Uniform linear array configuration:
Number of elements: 12
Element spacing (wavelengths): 0.5
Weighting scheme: exponential
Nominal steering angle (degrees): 30
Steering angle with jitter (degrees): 31.043
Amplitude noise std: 0.05
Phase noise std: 0.05

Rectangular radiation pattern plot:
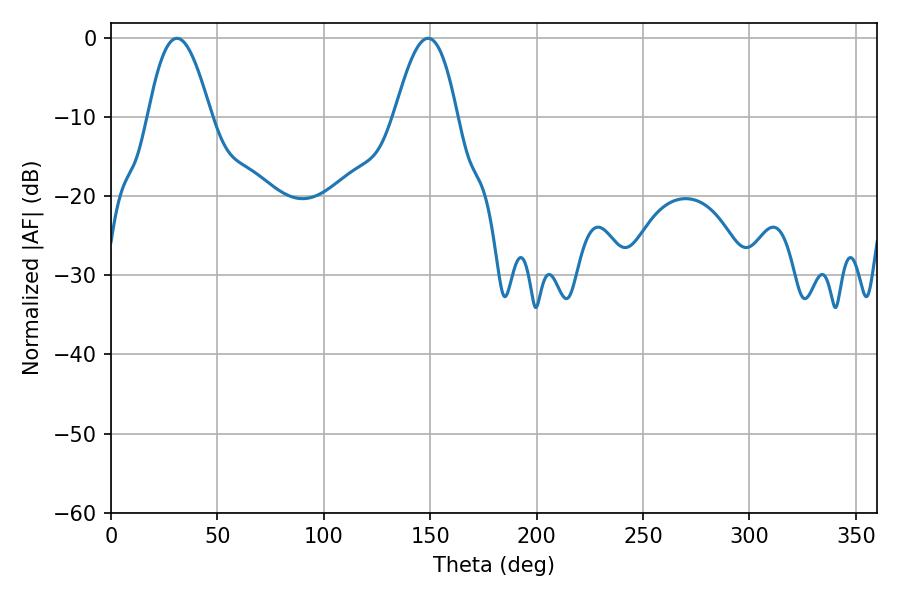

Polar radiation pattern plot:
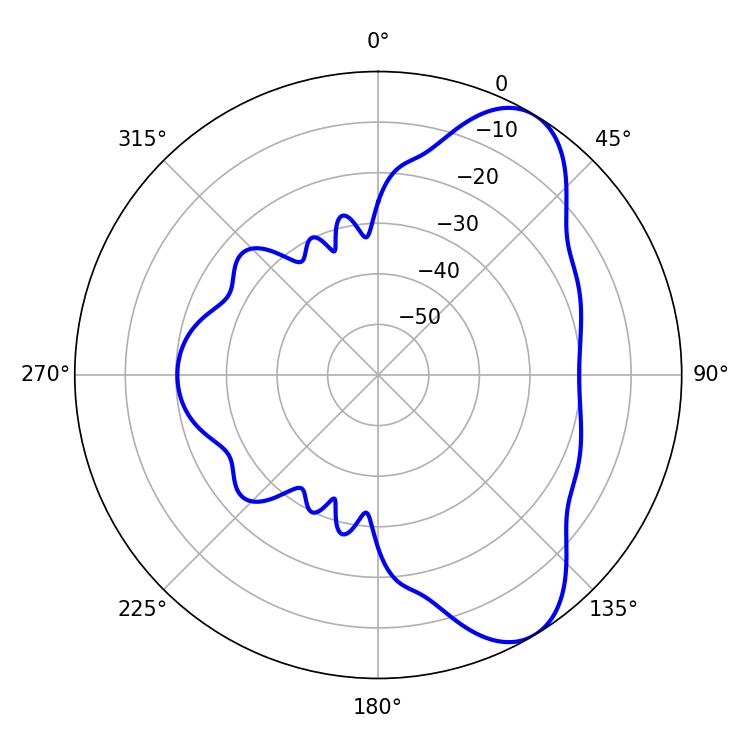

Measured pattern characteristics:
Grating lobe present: FALSE
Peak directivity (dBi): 7.748
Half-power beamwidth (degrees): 15.84
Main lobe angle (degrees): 30.96